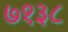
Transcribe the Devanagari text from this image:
७१३८